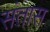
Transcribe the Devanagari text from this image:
संतास